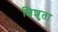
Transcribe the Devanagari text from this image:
शिशुता